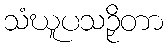
သံဃူပသဉှိတာ